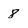
Character: 8